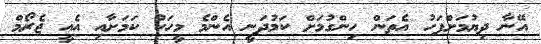
އޭނާ ދިޔުމަށްފަހު އެތަން ހިންގުމަށް ކަމުދަނީ އެންމެ މީހަކު ކަމަށާއި އެއީ ޖެރޯމް